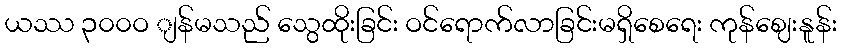
ယဿ ၃၀၀ဝ ျန်မသည် သွေထိုးခြင်း ဝင်ရောက်လာခြင်းမရှိစေရေး ကုန်ဈေးနူန်း